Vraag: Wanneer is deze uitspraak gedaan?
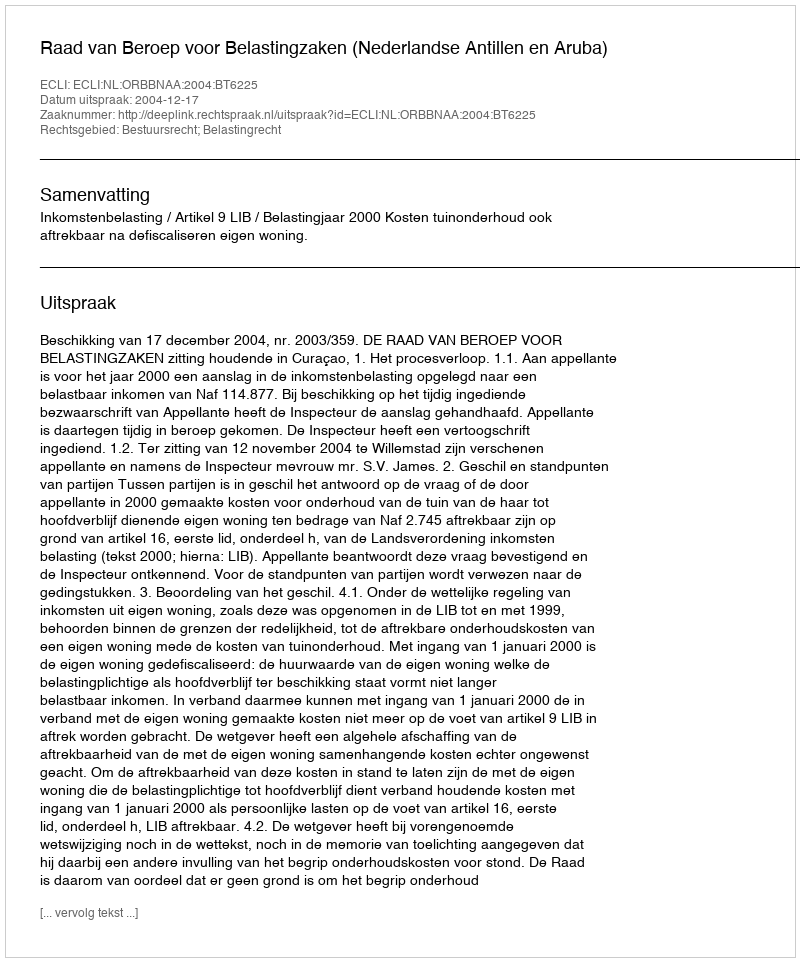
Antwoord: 2004-12-17